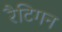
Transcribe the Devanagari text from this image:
रैटिगन